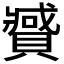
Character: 𰷍